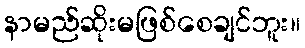
နာမည်ဆိုးမဖြစ်စေချင်ဘူး။